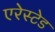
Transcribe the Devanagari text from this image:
एरेस्टेड